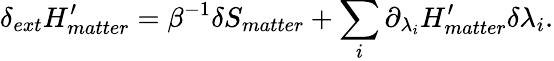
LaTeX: \delta_{ext}H_{matter}^{\prime}=\beta^{-1}\delta S_{matter}+\sum_{i}\partial_{\lambda_{i}}H_{matter}^{\prime}\delta\lambda_{i}.